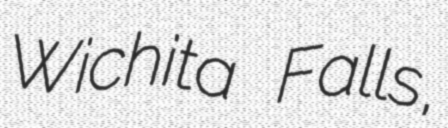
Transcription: Wichita Falls,